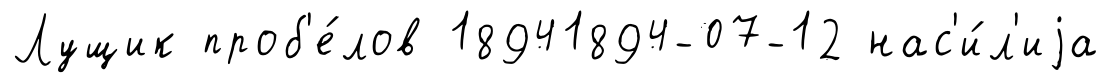
Лущик проб'е́лов 18941894-07-12 нас'и́л'иjа